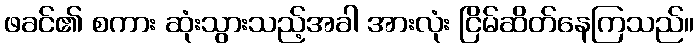
ဖခင်၏ စကား ဆုံးသွားသည့်အခါ အားလုံး ငြိမ်ဆိတ်နေကြသည်။